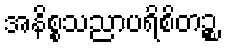
အနိစ္စသညာပရိစိတဉ္စ